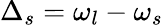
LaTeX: \Delta_{s}=\omega_{l}-\omega_{s}